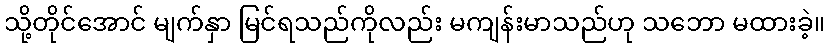
သို့တိုင်အောင် မျက်နှာ မြင်ရသည်ကိုလည်း မကျန်းမာသည်ဟု သဘော မထားခဲ့။